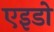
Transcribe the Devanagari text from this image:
एइडो